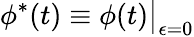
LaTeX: {\phi}^{*}(t)\equiv{\phi}(t)\big\rvert_{\epsilon=0}